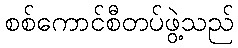
စစ်ကောင်စီတပ်ဖွဲ့သည်